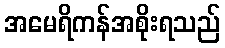
အမေရိကန်အစိုးရသည်